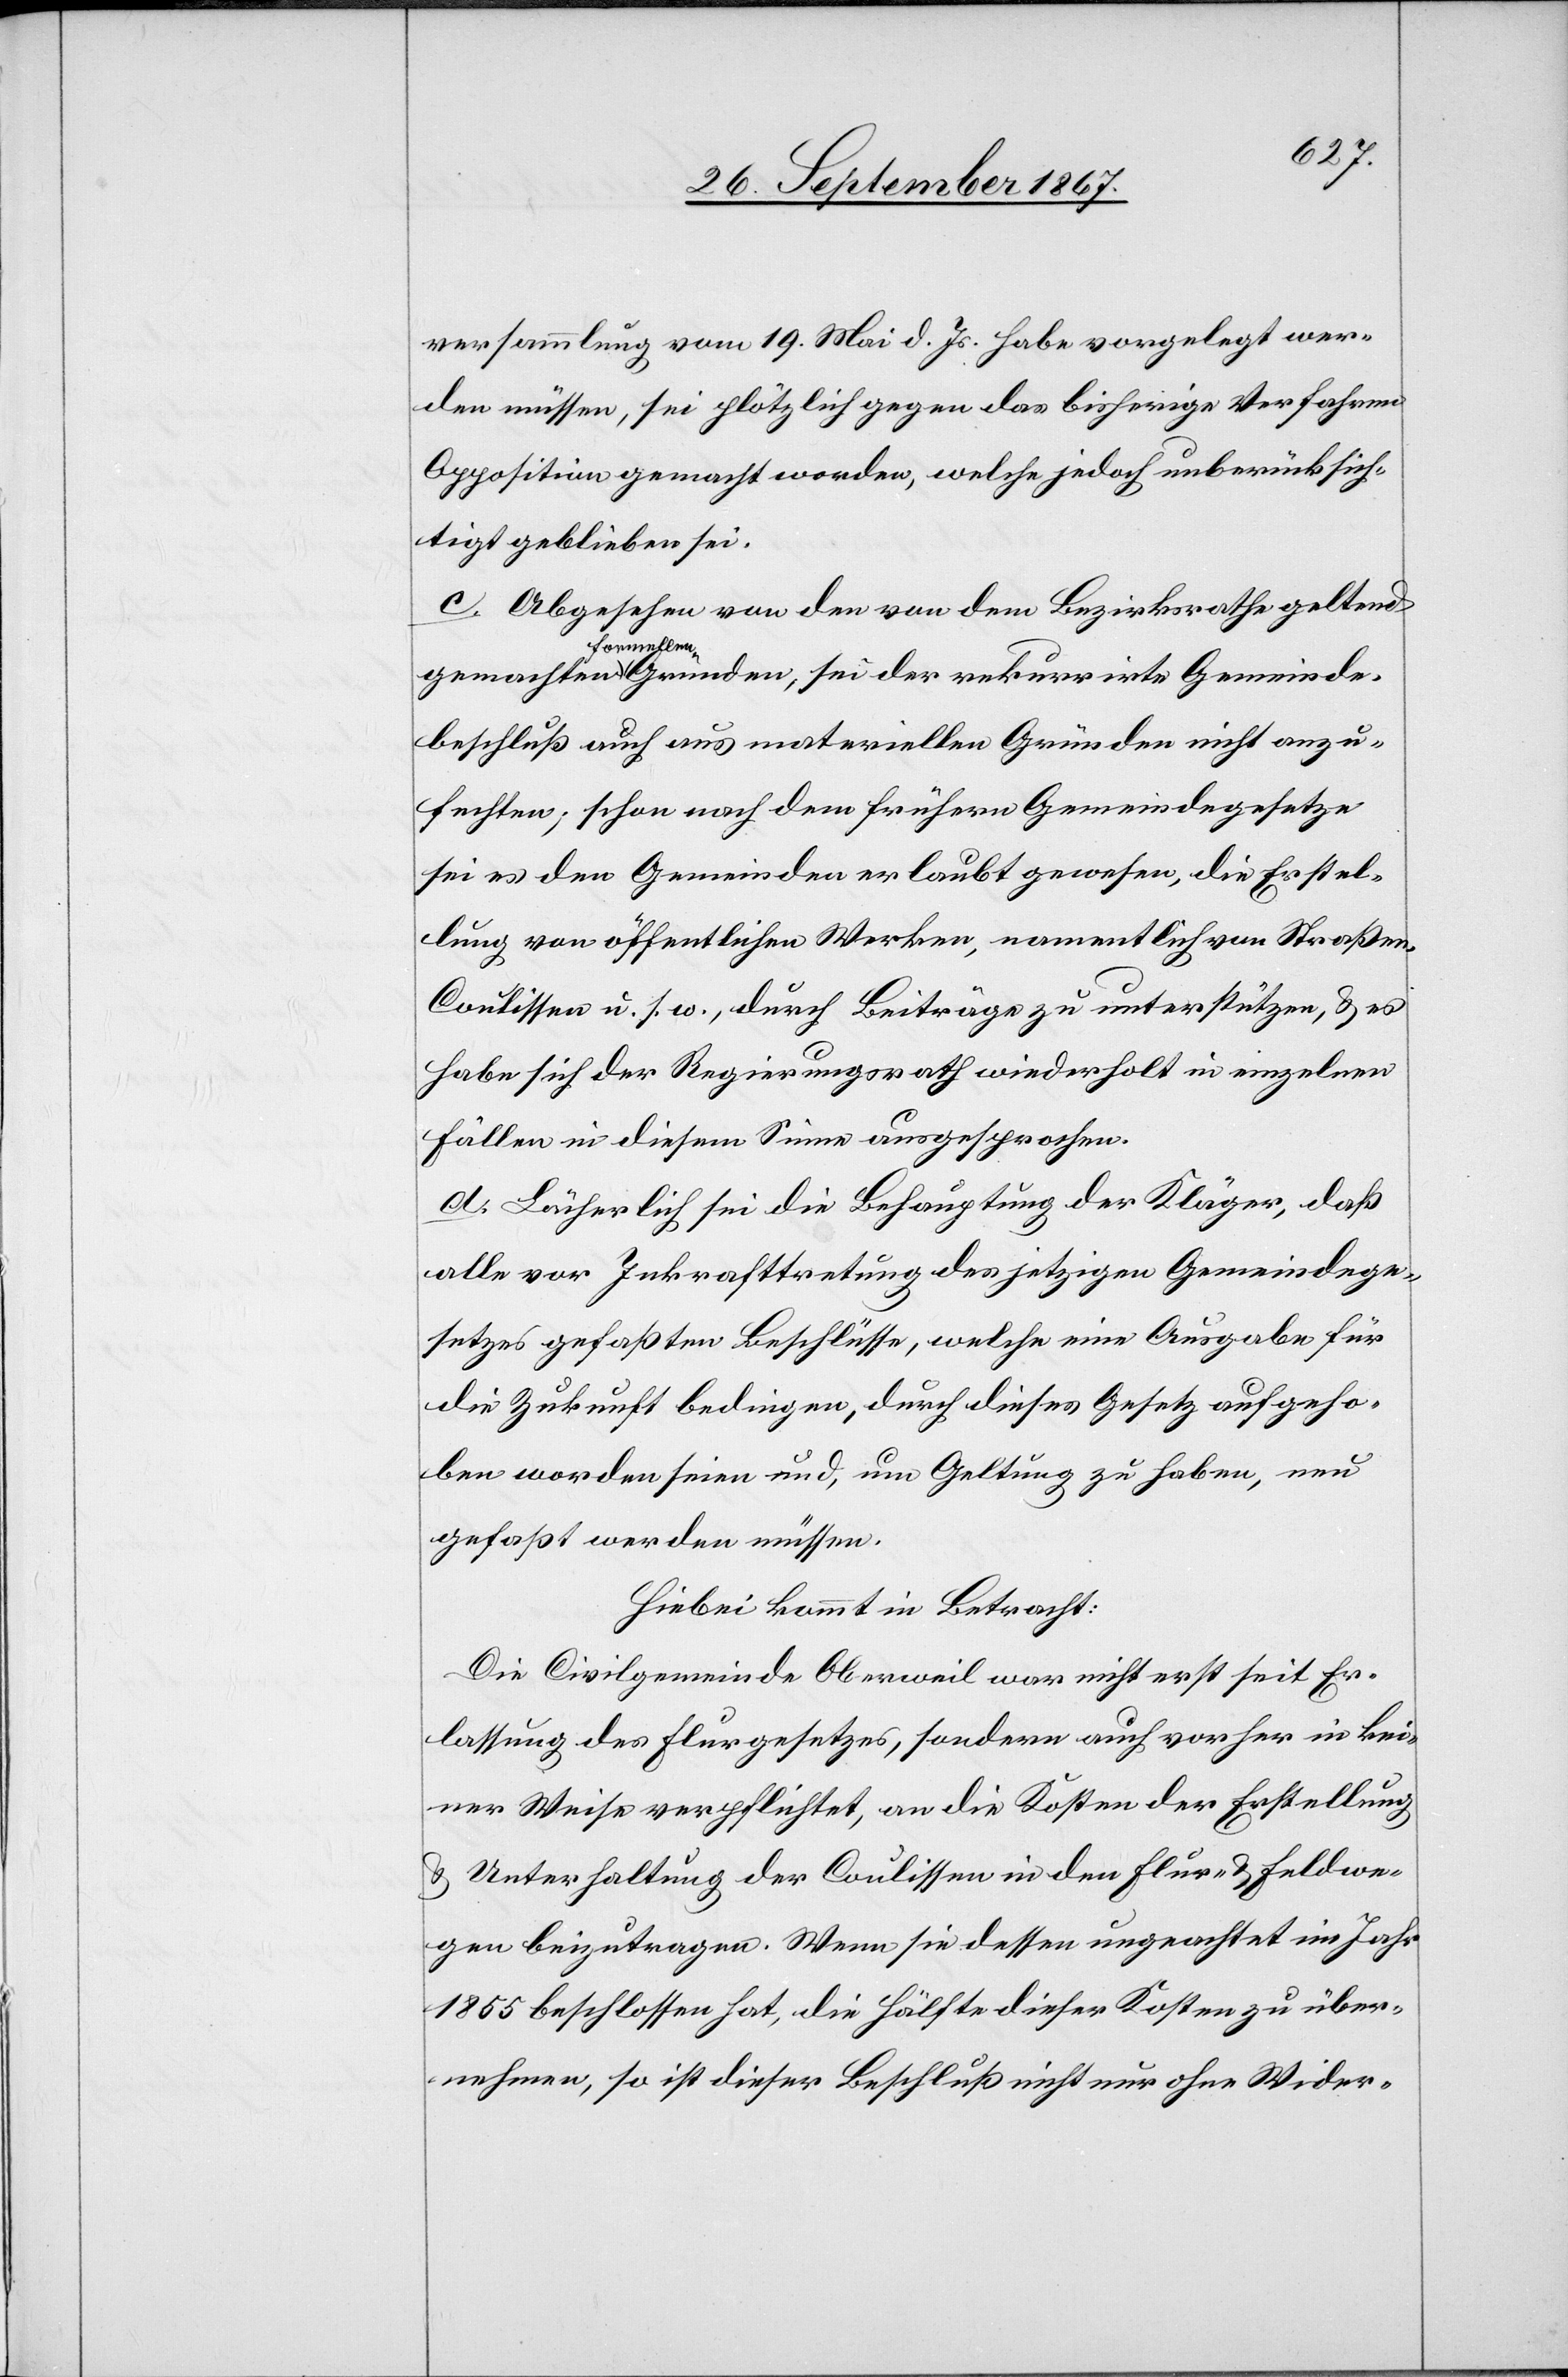
versammlung vom 19. Mai d. Js. habe vorgelegt wer¬
den müssen sei plötzlich gegen das bisherige Verfahren
Opposition gemacht worden, welche jedoch unberücksich¬
tigt geblieben sei.
c. Abgesehen von den von dem Bezirksrathe geltend
Gemeinde¬
beschluß auch aus materiellen Gründen nicht anzu¬
fechten; schon nach dem frühern Gemeindegesetze
sei es den Gemeinden erlaubt gewesen, die Erstel¬
lung von öffentlichen Werken, namentlich von Straßen¬
coulissen u. s. w., durch Beiträge zu unterstützen, u. es
habe sich der Regierungsrath wiederholt in einzelnen
Fällen in diesem Sinne ausgesprochen.
d. Lächerlich sei die Behauptung der Kläger, daß
alle vor Inkrafttreten des jetzigen Gemeindege¬
setzes gefaßten Beschlüsse, welche eine Ausgabe für
die Zukunft bedingen, durch dieses Gesetz aufgeho¬
ben worden seien und, um Geltung zu haben, neu
gefaßt werden müssen.
Hiebei kommt in Betracht:
Die Civilgemeinde Oberweil war nicht erst seit Er¬
lassung des Flurgesetzes, sondern auch vorher in kei¬
ner Weise verpflichtet, an die Kosten der Erstellung
u. Unterhaltung der Coulissen in den Flur- u. Feldwe¬
gen beizutragen. Wenn sie dessen ungeachtet im Jahr
1865 beschlossen hat, die Hälfte dieser Kosten zu über¬
nehmen, so ist dieser Beschluß nicht nur ohne Wider-